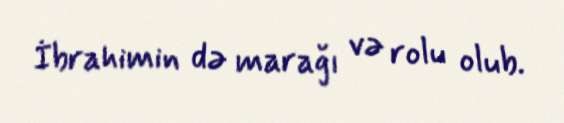
İbrahimin də marağı və rolu olub.